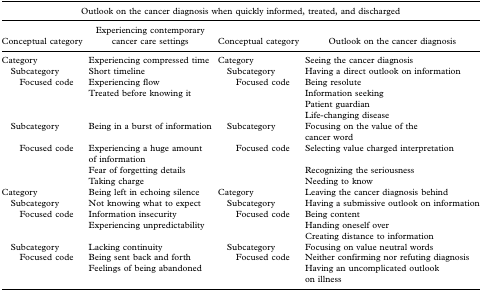
<table><thead><tr><td colspan="4"><b>Outlook on the cancer diagnosis when quickly informed, treated, and discharged</b></td></tr><tr><td><b>Conceptual category</b></td><td><b>Experiencing contemporary cancer care settings</b></td><td><b>Conceptual category</b></td><td><b>Outlook on the cancer diagnosis</b></td></tr></thead><tbody><tr><td>Category</td><td>Experiencing compressed time</td><td>Category</td><td>Seeing the cancer diagnosis</td></tr><tr><td> Subcategory</td><td>Short timeline</td><td> Subcategory</td><td>Having a direct outlook on information</td></tr><tr><td>Focused code</td><td>Experiencing flow</td><td>Focused code</td><td>Being resolute</td></tr><tr><td></td><td>Treated before knowing it</td><td></td><td>Information seeking</td></tr><tr><td></td><td></td><td></td><td>Patient guardian</td></tr><tr><td></td><td></td><td></td><td>Life-changing disease</td></tr><tr><td> Subcategory</td><td>Being in a burst of information</td><td> Subcategory</td><td>Focusing on the value of the cancer word</td></tr><tr><td>Focused code</td><td>Experiencing a huge amount of information</td><td>Focused code</td><td>Selecting value charged interpretation</td></tr><tr><td></td><td>Fear of forgetting details</td><td></td><td>Recognizing the seriousness</td></tr><tr><td></td><td>Taking charge</td><td></td><td>Needing to know</td></tr><tr><td>Category</td><td>Being left in echoing silence</td><td>Category</td><td>Leaving the cancer diagnosis behind</td></tr><tr><td> Subcategory</td><td>Not knowing what to expect</td><td> Subcategory</td><td>Having a submissive outlook on information</td></tr><tr><td>Focused code</td><td>Information insecurity</td><td>Focused code</td><td>Being content</td></tr><tr><td></td><td>Experiencing unpredictability</td><td></td><td>Handing oneself over</td></tr><tr><td></td><td></td><td></td><td>Creating distance to information</td></tr><tr><td> Subcategory</td><td>Lacking continuity</td><td> Subcategory</td><td>Focusing on value neutral words</td></tr><tr><td>Focused code</td><td>Being sent back and forth</td><td>Focused code</td><td>Neither confirming nor refuting diagnosis</td></tr><tr><td></td><td>Feelings of being abandoned</td><td></td><td>Having an uncomplicated outlook on illness</td></tr></tbody></table>